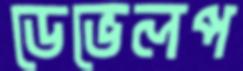
ডেভেলপ